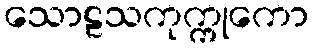
သောဠသကုက္ကုကော